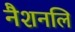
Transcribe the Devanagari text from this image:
नैशनलि